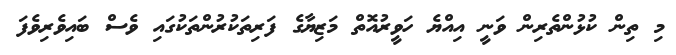
މި ތިން ކުޅުންތެރިން ވަނީ އިއްޔެ ހަވީރުއޮތް މަޒިޔާގެ ފަރިތަކުރުންތަކުގައި ވެސް ބައިވެރިވެފަ